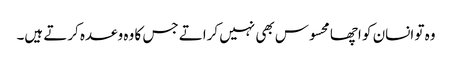
وہ تو انسان کو اچھا محسوس بھی نہیں کراتے جس کا وہ وعدہ کرتے ہیں۔